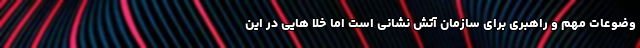
وضوعات مهم و راهبری برای سازمان آتش نشانی است اما خلا هایی در این